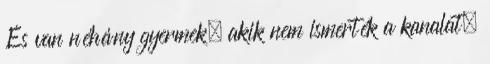
És van néhány gyermek, akik nem ismerték a kanalat,